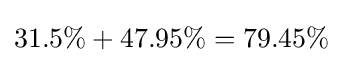
31.5\%+47.95\%=79.45\%